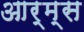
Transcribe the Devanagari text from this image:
आर्म्‍स